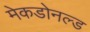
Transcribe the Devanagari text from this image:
मेकडोनल्ड